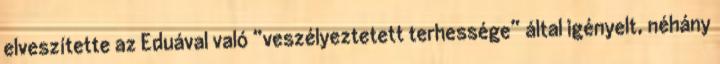
elveszítette az Eduával való “veszélyeztetett terhessége” által igényelt, néhány